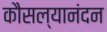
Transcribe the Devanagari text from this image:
कौसल्यानंदन